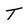
Character: T